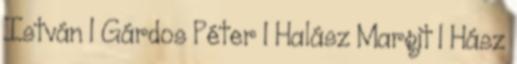
István 1 Gárdos Péter 1 Halász Margit 1 Hász